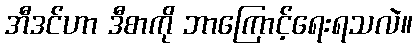
အီဒင်ဟာ ဒီစာကို ဘာကြောင့်ရေးရသလဲ။